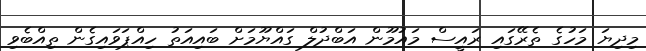
މިދިޔަ މަހުގެ ތެރޭގައި ރައީސް މައުމޫން އަބްދުލް ގައްޔޫމަށް ބައިއަތު ހިއްޕަވައިގެން ތިއްބެވި